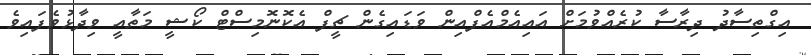
އިގްތިސާދު ދިރާސާ ކުރެއްވުމަށް އައިއެމްއެފްއިން ވަޑައިގެން ޗީފް އެކޮނޮމިސްޓް ކޯޝީ މަތާއީ ވިދާޅުވެފައިވެ